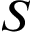
S